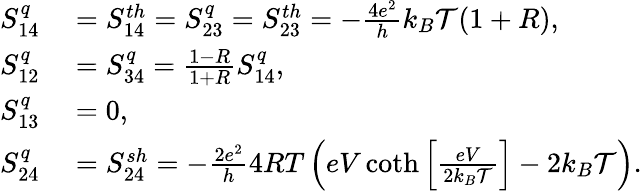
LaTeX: \begin{array}{rl}{S_{14}^{q}}&{{}={S_{14}^{th}}=S_{23}^{q}={S_{23}^{th}}=-\frac{4e^{2}}{h}k_{B}\mathcal{T}(1+R),}\\ {S_{12}^{q}}&{{}=S_{34}^{q}=\frac{1-R}{1+R}S_{14}^{q},}\\ {S_{13}^{q}}&{{}=0,}\\ {S_{24}^{q}}&{{}={S_{24}^{sh}}=-\frac{2e^{2}}{h}4RT\left(eV\coth\left[\frac{eV}{2k_{B}\mathcal{T}}\right]-2k_{B}\mathcal{T}\right).}\end{array}